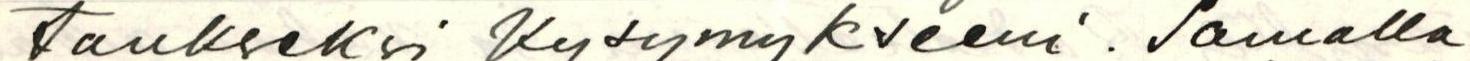
taukseksi kysymykseeni. Samalla